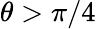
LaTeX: \theta>\pi/4